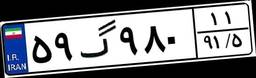
۵۹گ۹۸۰۱۱